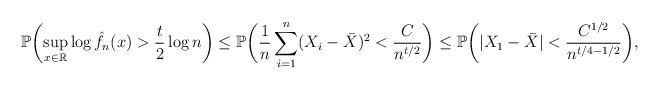
LaTeX: \begin{align*}\mathbb{P}\biggl(\sup_{x \in \mathbb{R}} \log \hat{f}_n(x) > \frac{t}{2} \log n\biggr) \leq \mathbb{P}\biggl(\frac{1}{n}\sum_{i=1}^n (X_i - \bar{X})^2 < \frac{C}{n^{t/2}}\biggr) \leq \mathbb{P}\biggl(|X_1 - \bar{X}| < \frac{C^{1/2}}{n^{t/4 - 1/2}}\biggr),\end{align*}